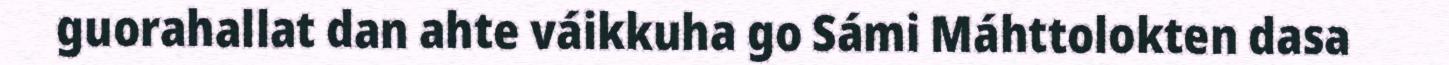
guorahallat dan ahte váikkuha go Sámi Máhttolokten dasa